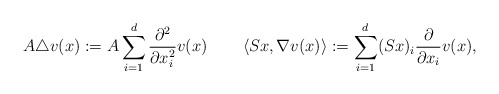
\begin{align*} A\triangle v(x):=A\sum_{i=1}^{d}\frac{\partial^2}{\partial x_i^2}v(x)\quad\quad\left\langle Sx,\nabla v(x)\right\rangle:=\sum_{i=1}^{d}(Sx)_i\frac{\partial}{\partial x_i}v(x),\end{align*}